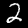
Digit: 2